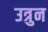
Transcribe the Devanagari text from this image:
उत्रुन